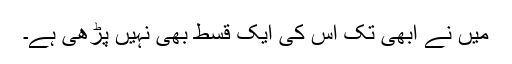
میں نے ابھی تک اس کی ایک قسط بھی نہیں پڑھی ہے۔